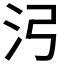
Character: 𬇗